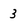
Character: 3